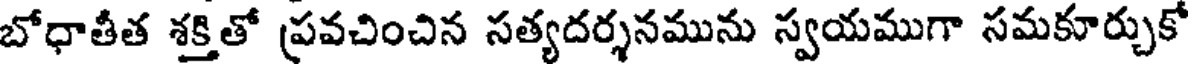
బోధాతీత శక్తితో ప్రవచించిన సత్యదర్శనమును స్వయముగా సమకూర్చుకో